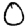
Digit: 0